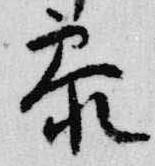
参